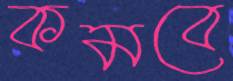
কমবে